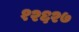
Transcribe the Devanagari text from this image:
१२६२७